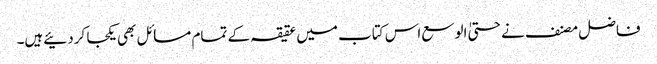
فاضل مصنف نے حتیٰ الوسع اس کتاب میں عقیقہ کے تمام مسائل بھی یکجا کردئیےہیں۔